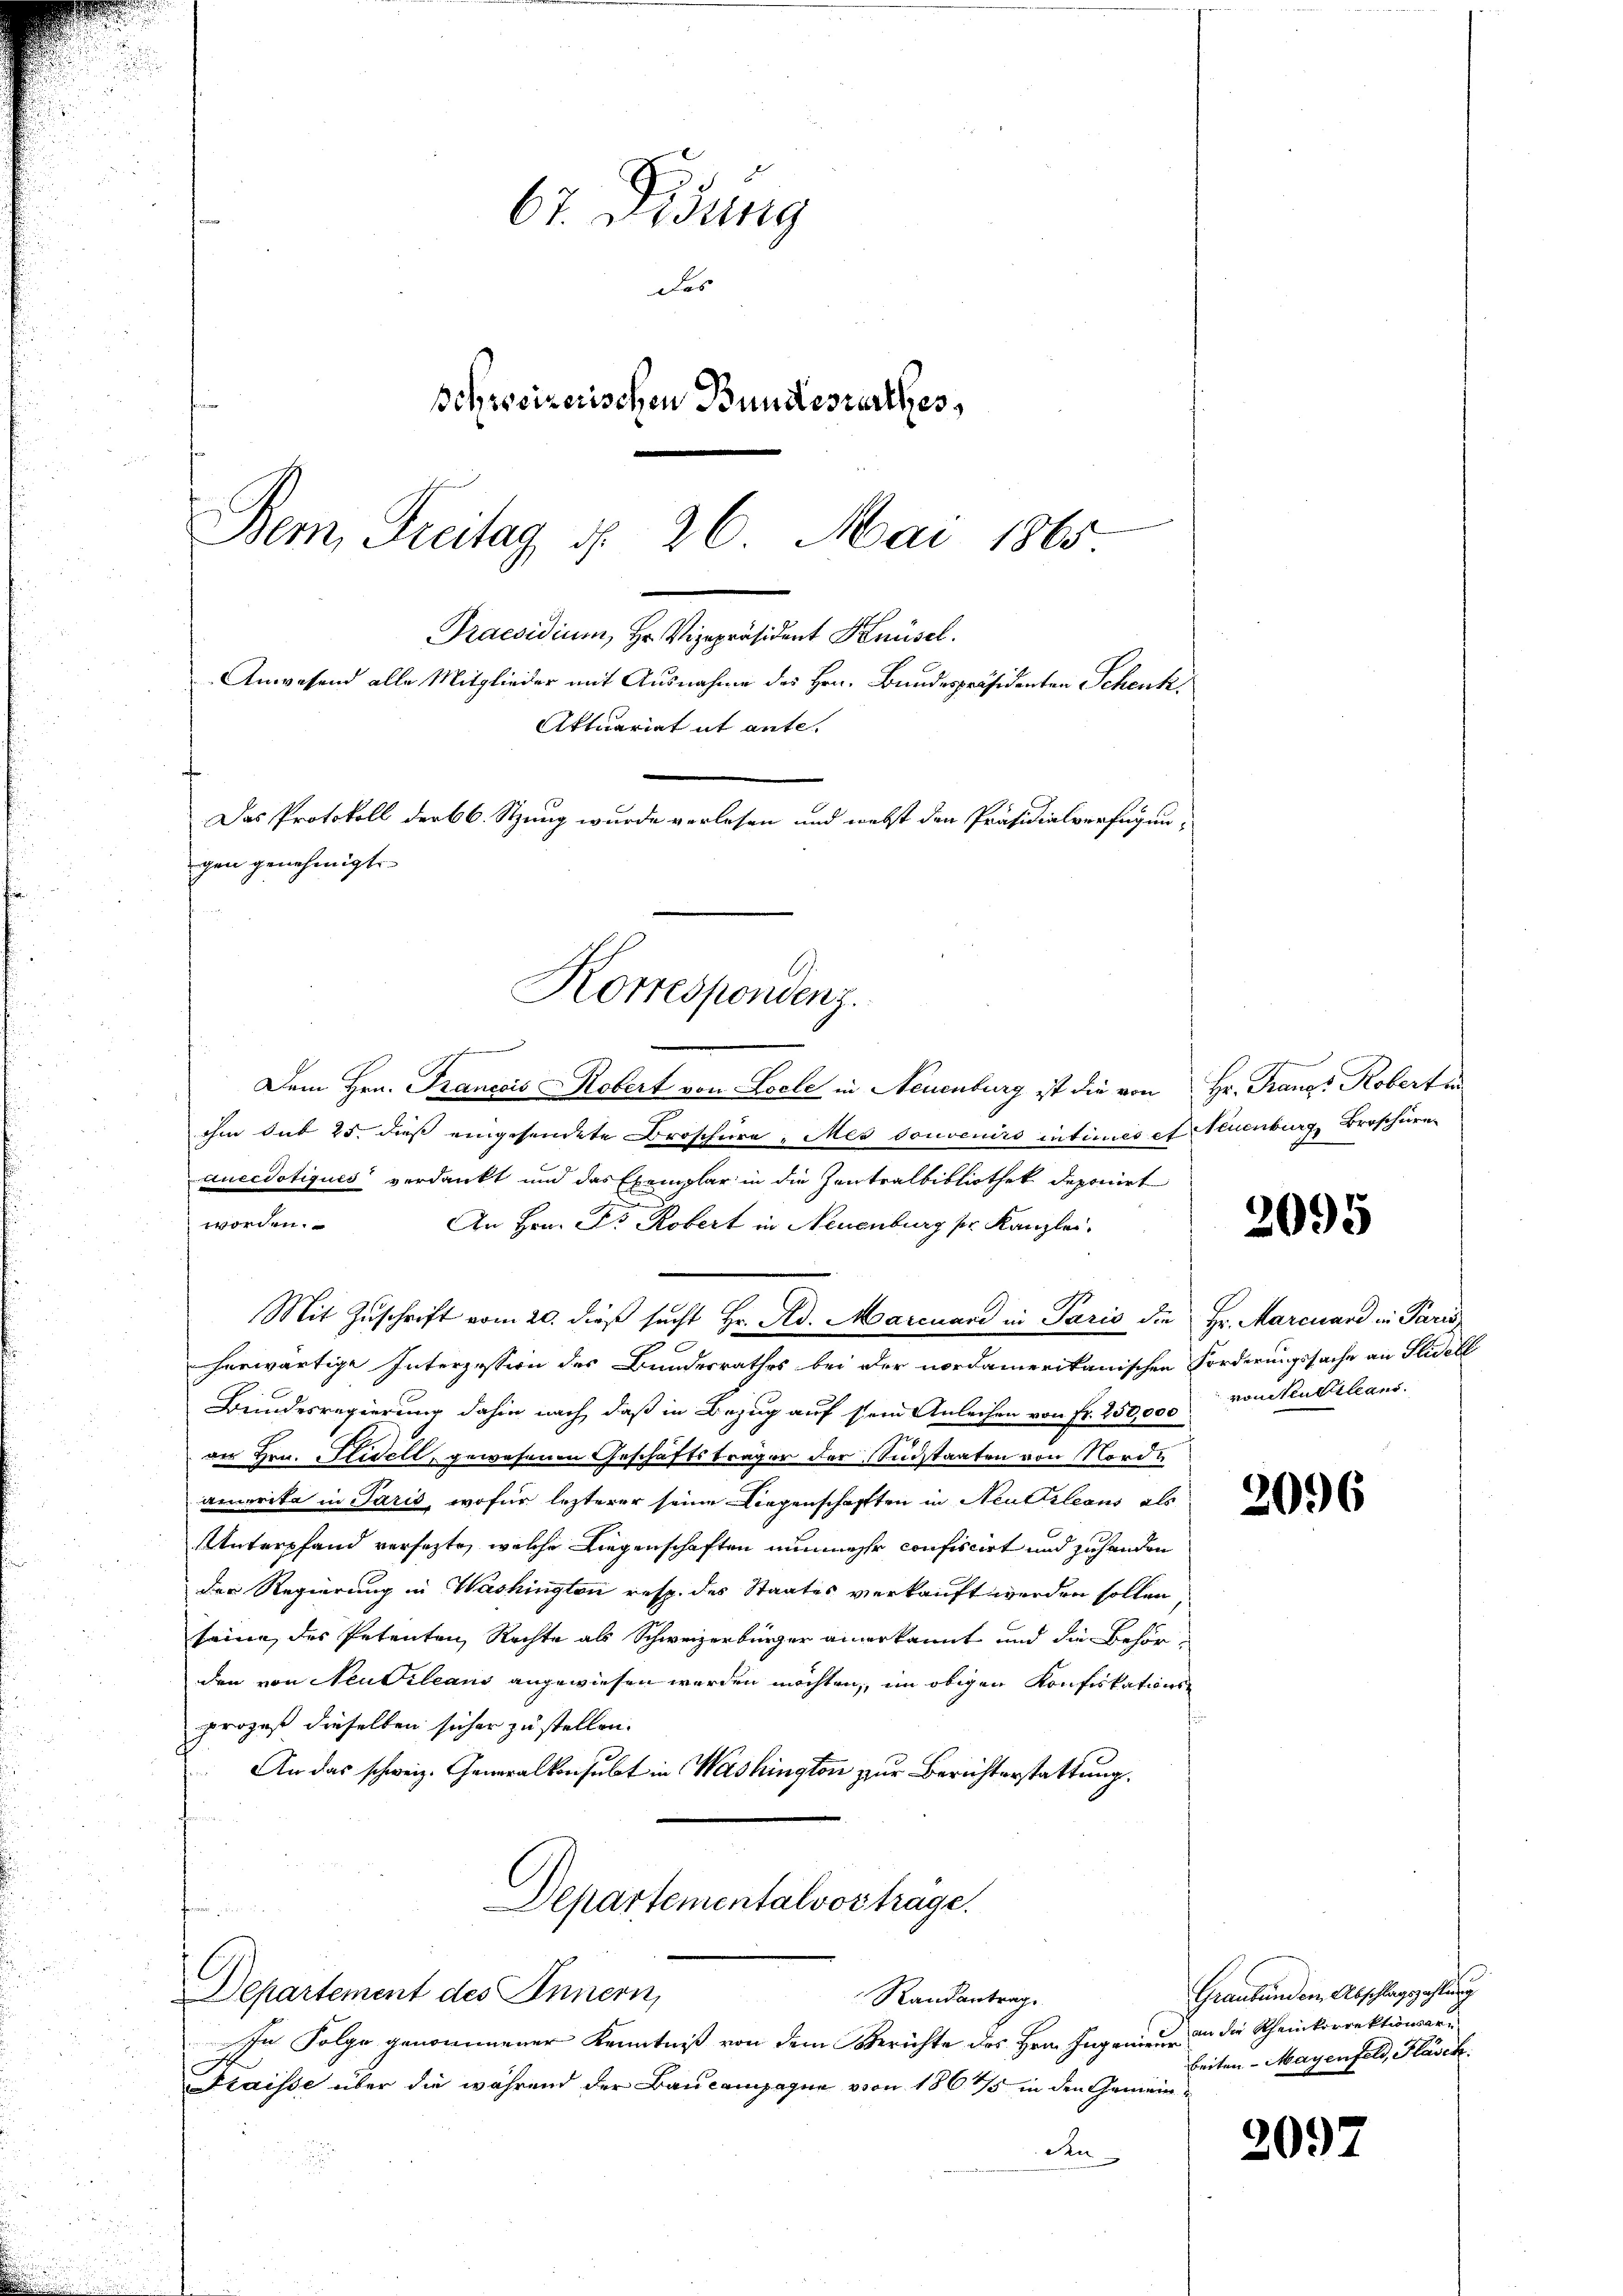
67. Didung
as
Schreizerischen Bundesrathes,
Dem Freitag d. 26. Mai 1865

Korrespondenz.

Praesidium, Hr. Vizepräsident Knüsel.
Anwesend alle Mitglieder mit Ausnahme des Hrn. Bundespräsidenten Schenk
Aktuariat it ante.
Das Protokoll der 66. Stung wurde verlesen und webst den Präsidialverfügungen genehmigt.

Dem Hrn. Francois Robert von Loele in Neuenburg ist die von Hr. Fangs Roberti
ihm sub 25. dieß eingesendete Broschüre, Mes souvenirs intimes et Neuenburg, Broschüren-
auccdotiques verdankt und das Exemplar in die Zentralbibliothek deponirt
worden.
An Hrn. Dr. Robert in Neuenburg pr. Kanzlei.
Mit Zŭschrift vom 20. dieß sucht Hr. Ad. Marcuard in Paris die Hr. Marcuard in Paris
herwärtige Interzession des Bundesrathes bei der nordamerikanischen Forderungssache an Fidell
Bundesregierung dahin nach, daß in Bezug auf sein Anleihen von Fr. 250,000
an Hrn. Fidell, gewesenen Geschäftsträger der Südstaaten von Nordamerika in Paris, wofür letzterer seine Liegenschafften in Neuerleans als
Unterpfand versezte, welche Liegenschaften nunmehr confiscirt und zuhanden
der Regierung in Washingten resp. des Staates verkauft werden sollen,
seine des Petenten Rechte als Schweizerbürger anerkannt und die Behörden von Neubileans angewiesen werden möchten, im obigen Konfiskations-
prozeß dieselben sicher zu stellen.
An das schweiz. Generalkonsulat in Washington zur Berichterstattung.
Departementalvortrage.
Departement des Innern,
Randantrag
In Folge genommener Kenntniß von dem Berichte des Hrn. Ingenie an die Rheinkorrektionsar¬
Fraisse über die während der Baucompagnie von 1865 in den Gemein¬
An

2095

vonsentilans

2096

Graubünden Abschlagszahlung
beiten - Mayenfeld, Flasch.

2097